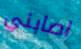
اصابني